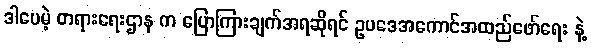
ဒါပေမဲ့ တရားရေးဌာန က ပြောကြားချက်အရဆိုရင် ဥပဒေအကောင်အထည်ဖော်ရေး နဲ့